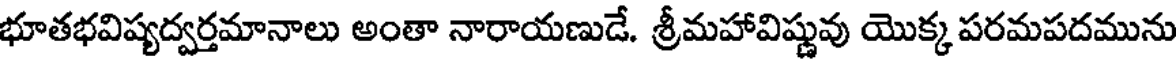
భూతభవిష్యద్వర్తమానాలు అంతా నారాయణుడే. శ్రీమహావిష్ణువు యొక్క పరమపదమును